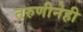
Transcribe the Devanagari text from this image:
तरुणीनेही